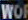
WOR